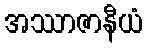
အဿာဇာနီယံ